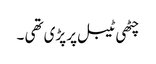
چٹھی ٹیبل پر پڑی تھی ۔